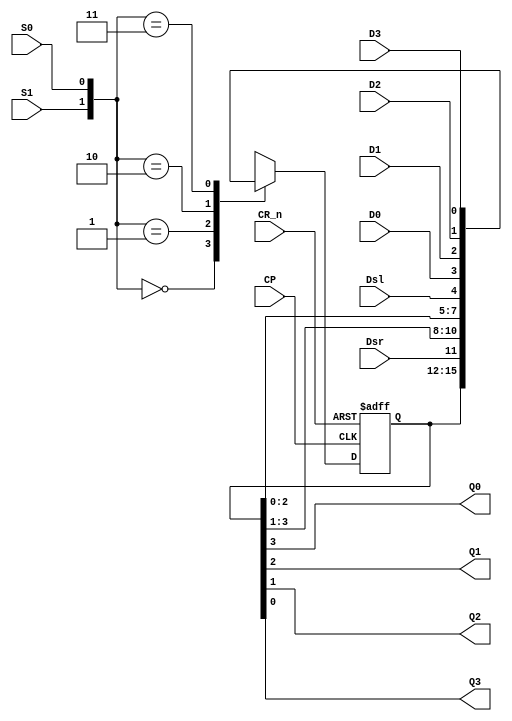
//ttl_74194.v
//4-Bit Bidirectional Universal Shift Register
`default_nettype none
`timescale 1ns/1ns

module ttl_74194 #(parameter DELAY_RISE = 12, DELAY_FALL = 15)
(
  input wire CR_n,
  input wire CP,
  input wire S0,S1,
  input wire Dsl,Dsr,
  input wire D0,D1,D2,D3,
  output wire Q0,Q1,Q2,Q3
);
 
	reg [0:3] q_reg=4'b0000;
	wire [1:0] s_reg;
	assign s_reg={S1,S0};
	always @(posedge CP or negedge CR_n) begin //WARNING: changing from posedge CR_n
		if (!CR_n) begin
			q_reg<=4'b0000;
		end else begin
			case (s_reg)
				2'b00 :q_reg<=q_reg;
				2'b01 :q_reg<={Dsr,q_reg[0:2]}; //Shift right
				2'b10 :q_reg<={q_reg[1:3],Dsl}; //Shift left
				2'b11 :q_reg<={D0,D1,D2,D3};
				default:q_reg<=4'b0000;
			endcase
		end
	end
	
	assign #(DELAY_RISE, DELAY_FALL) Q0=q_reg[0];
	assign #(DELAY_RISE, DELAY_FALL) Q1=q_reg[1];
	assign #(DELAY_RISE, DELAY_FALL) Q2=q_reg[2];
	assign #(DELAY_RISE, DELAY_FALL) Q3=q_reg[3];
endmodule